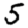
Digit: 5